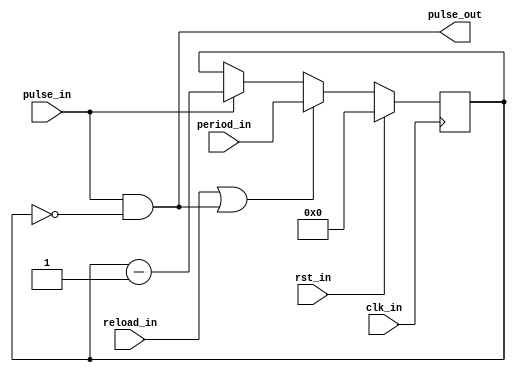
module apu_div
#(
  parameter PERIOD_BITS = 16
)
(
  input                    clk_in,     // system clock signal
  input                    rst_in,     // reset signal
  input                    pulse_in,   // input pulse
  input                    reload_in,  // reset counter to period_in (no pulse_out generated)
  input  [PERIOD_BITS-1:0] period_in,  // new period value
  output                   pulse_out   // divided output pulse
);

reg  [PERIOD_BITS-1:0] q_cnt;
wire [PERIOD_BITS-1:0] d_cnt;

always @(posedge clk_in)
  begin
    if (rst_in)
      q_cnt <= 0;
    else
      q_cnt <= d_cnt;
  end

assign d_cnt     = (reload_in || (pulse_in && (q_cnt == 0))) ? period_in    :
                   (pulse_in)                                ? q_cnt - 1'h1 : q_cnt;
assign pulse_out = pulse_in && (q_cnt == 0);

endmodule